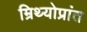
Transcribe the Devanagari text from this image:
म्रिथ्योप्रांत